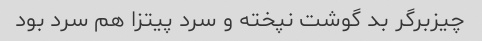
چیزبرگر بد گوشت نپخته و سرد پیتزا هم سرد بود